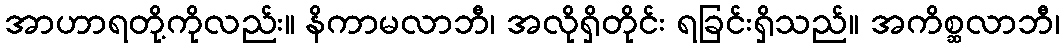
အာဟာရတို့ကိုလည်း။ နိကာမလာဘီ၊ အလိုရှိတိုင်း ရခြင်းရှိသည်။ အကိစ္ဆလာဘီ၊